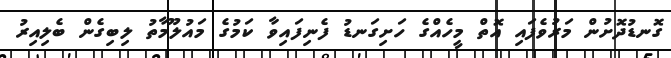
ގޮނޑުދޮށުން މަރުވެފައި އޮތް މީހެއްގެ ހަށިގަނޑު ފެނިފައިވާ ކަމުގެ މައުލޫމާތު ލިބިގެން ބެލިއިރު